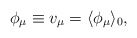
\begin{align*}\phi_\mu\equiv v_\mu=\langle\phi_\mu\rangle_0,\end{align*}